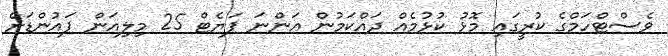
ވެސްޓްހަމްގެ ކުރީގައި މޮޅު ކުޅުމެއް ދައްކަމުން އަންނަ ޕަޔެޓް 25 މިލިއަން ޕައުންޑަށް